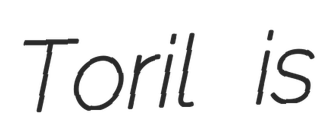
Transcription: Toril is